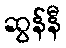
ဆွန်နီ